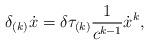
LaTeX: \begin{align*}\delta_{(k)} \dot{x} =\delta \tau _{(k)} \frac{1}{c^{k-1}} \dot{x}^{k} ,\end{align*}